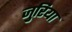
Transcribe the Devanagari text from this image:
जुरिया